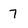
Character: 7